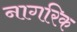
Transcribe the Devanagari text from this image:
नागरिक